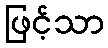
ဖြင့်သာ